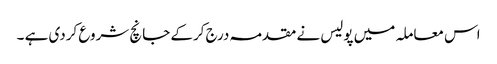
اس معاملہ میں پولیس نے مقدمہ درج کرکے جانچ شروع کردی ہے ۔